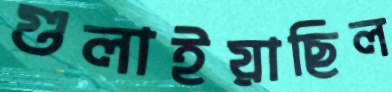
গুলাইয়াছিল